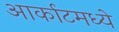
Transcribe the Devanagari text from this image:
आर्काटमध्ये